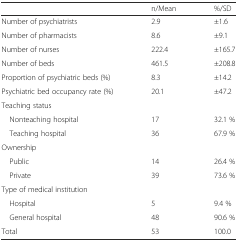
|  | n/Mean | %/SD |
 | --- | --- | --- |
 | Number of psychiatrists | 2.9 | ±1.6 |
 | Number of pharmacists | 8.6 | ±9.1 |
 | Number of nurses | 222.4 | ±165.7 |
 | Number of beds | 461.5 | ±208.8 |
 | Proportion of psychiatric beds (%) | 8.3 | ±14.2 |
 | Psychiatric bed occupancy rate (%) | 20.1 | ±47.2 |
 | Teaching status |  |  |
 | Nonteaching hospital | 17 | 32.1 % |
 | Teaching hospital | 36 | 67.9 % |
 | Ownership |  |  |
 | Public | 14 | 26.4 % |
 | Private | 39 | 73.6 % |
 | Type of medical institution |  |  |
 | Hospital | 5 | 9.4 % |
 | General hospital | 48 | 90.6 % |
 | Total | 53 | 100.0 |